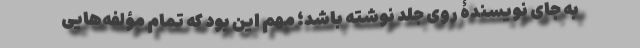
به جای نویسندۀ روی جلد نوشته باشد؛ مهم این بود که تمام مؤلفه‌هایی